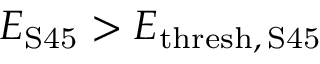
E _ { \mathrm { S 4 5 } } > E _ { \mathrm { t h r e s h , \, S 4 5 } }